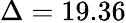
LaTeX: \Delta=19.36